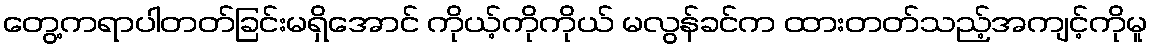
တွေ့ကရာပါတတ်ခြင်းမရှိအောင် ကိုယ့်ကိုကိုယ် မလွန်ခင်က ထားတတ်သည့်အကျင့်ကိုမူ